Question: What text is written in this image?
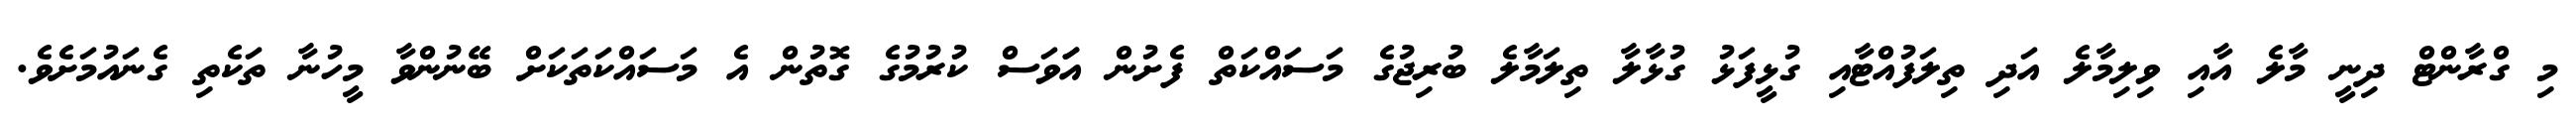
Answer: މި ގްރާންޓް ދިނީ މާލެ އާއި ވިލިމާލެ އަދި ތިލަފުއްޓާއި ގުޅީފަޅު ގުޅާލާ ތިލަމާލެ ބުރިޖުގެ މަސައްކަތް ފެށުން އަަވަސް ކުރުމުގެ ގޮތުން އެ މަސައްކަތަކަށް ބޭނުންވާ މީހުނާ ތަކެތި ގެނައުމަށެވެ.